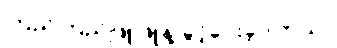
ကြည်ကြည်ဖြူဖြူနဲ့ ခွင့်ပေးခဲ့ပါတယ်။